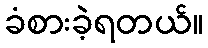
ခံစားခဲ့ရတယ်။